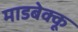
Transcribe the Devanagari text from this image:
माडबेक्कू